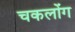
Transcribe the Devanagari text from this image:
चकलोंग